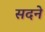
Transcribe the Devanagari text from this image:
सदने